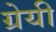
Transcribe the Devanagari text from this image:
ग्रेयी